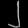
Digit: ၂